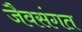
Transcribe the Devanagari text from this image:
जैवसंगत